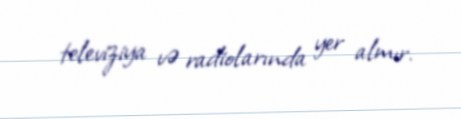
televiziya və radiolarında yer almır.